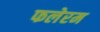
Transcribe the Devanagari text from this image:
फलेरम